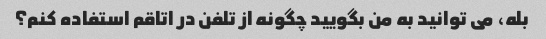
بله، می توانید به من بگویید چگونه از تلفن در اتاقم استفاده کنم؟